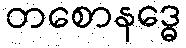
တစောနဒ္ဓေ